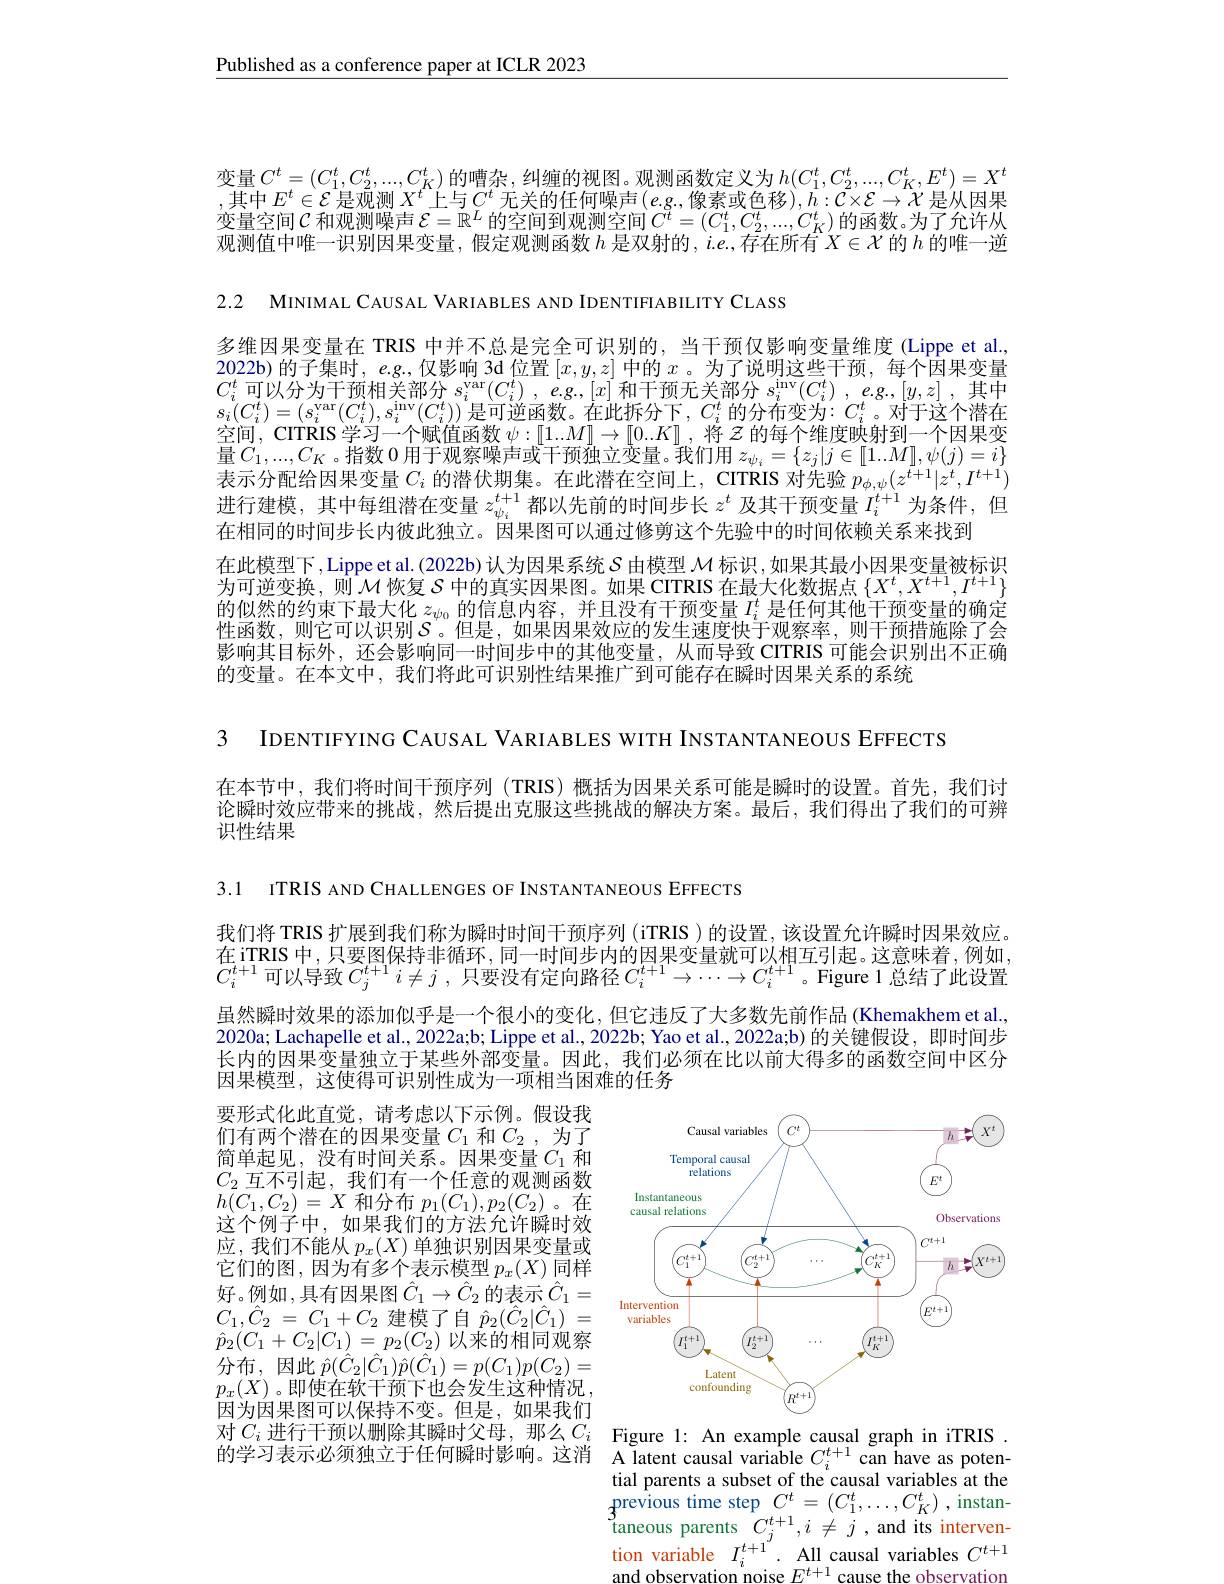
$\underline{\text{Published as a conference paper at ICLR 2023}}$

变量$C^t=(C_1^t,C_2^t,...,C_K^t)$的嘈杂，纠缠的视图。观测函数定义为$h(C_1^t,C_2^t,...,C_K^t,E^t)=X^t$ $\begin{array}{c}{,\text{其中 }E^{t}\in\mathcal{E}\text{ 是观测 }X^{t}\text{ 上与 }C^{t}\text{ 无关的任何噪声}(e.g,\text{像素或色移}),h:\mathcal{C}\times\mathcal{E}\to\mathcal{X}\text{ 是从因果}}\\{\text{变量空间 }\mathcal{C}\text{ 和观测噪声 }\mathcal{E}=\mathbb{R}^{L}\text{ 的空间到观测空间 }C^{t}=(C_{1}^{t},C_{2}^{t},...,C_{K}^{t})\text{ 的函数。为了允许从}}\end{array}$ 观测值中唯一识别因果变量，假定观测函数 $h$ 是双射的 $,i.e.$,存在所有$X\in\mathcal{X}$ 的$h$ 的唯一逆

2.2 MINIMAL CAUSAL VARIABLES AND IDENTIFIABILITY CLASS

多维因果变量在 TRIS 中并不总是完全可识别的，当干预仅影响变量维度(Lippe et al. 2022b)的子集时，eg.,仅影响 3d 位置$[x,y,z]$中的$x$ 。为了说明这些干预，每个因果变量$C_{i}^{t}$可以分为干预相关部分$s_i^\mathrm{var}( C_{i}^{t})$ , $e. g. , [ x]$和干预无关部分$s_i^\mathrm{inv}( C_{i}^{t})$ , $e. g. , [ y, z]$ ,其中$s_{i}(C_{i}^{t})=(s_{i}^{\mathrm{var}}(C_{i}^{t}),s_{i}^{\mathrm{inv}}(C_{i}^{t}))$是可逆函数。在此拆分下$,C_i^{t}$的分布变为$:C_i^{t}$。对于这个潜在空间，CITRIS 学习一个赋值函数$\psi:[[1..M]\to[0..K]$,将$z$的每个维度映射到一个因果变量$C_1,...,C_K$ 。指数0用于观察噪声或干预独立变量。我们用$z_\psi_i=\{z_j|j\in[1...M],\psi(j)=i\}$ 表示分配给因果变量$C_i$的潜伏期集。在此潜在空间上，CITRIS 对先验$p_\phi,\psi(z^{t+1}|z^t,I^{t+1})$ 进行建模，其中每组潜在变量$z_{\psi_i}^{t+1}$都以先前的时间步长$z^t$及其干预变量$I_i^{t+1}$为条件，但在相同的时间步长内彼此独立。因果图可以通过修剪这个先验中的时间依赖关系来找到
在此模型下，Lippe et al. (2022b) 认为因果系统$S$由模型$\mathcal{M}$标识，如果其最小因果变量被标识为可逆变换，则$\mathcal{M}$恢复$S$中的真实因果图。如果 CITRIS 在最大化数据点$\{X^t,X^{t+1},I^{t+1}\}$ 的似然的约束下最大化$z_{\psi_0}$的信息内容，并且没有干预变量$I_i^t$是任何其他干预变量的确定性函数，则它可以识别$S$。但是，如果因果效应的发生速度快于观察率，则干预措施除了会影响其目标外，还会影响同一时间步中的其他变量，从而导致 CITRIS 可能会识别出不正确的变量。在本文中，我们将此可识别性结果推广到可能存在瞬时因果关系的系统

3 IDENTIFYING CAUSAL VARIABLES WITH INSTANTANEOUS EFFECTS

在本节中，我们将时间干预序列(TRIS)概括为因果关系可能是瞬时的设置。首先，我们讨论瞬时效应带来的挑战，然后提出克服这些挑战的解决方案。最后，我们得出了我们的可辨识性结果

3.1 ITRIS AND CHALLENGES OF INSTANTANEOUS EFFECTS

我们将 TRIS 扩展到我们称为瞬时时间干预序列 (iTRIS )的设置，该设置允许瞬时因果效应。在iTRIS 中，只要图保持非循环，同一时间步内的因果变量就可以相互引起。这意味着，例如， $\overline{C}_{i}^{t+1}$可以导致$C_j^t+1i\neq j$ ,只要没有定向路径$C_i^t+1\to\cdots\to C_i^{t+1}$。Figure 1总结了此设置

虽然瞬时效果的添加似乎是一个很小的变化，但它违反了大多数先前作品(Khemakhem et al. 2020a; Lachapelle et al., 2022a;b; Lippe et al., 2022b; Yao et al., 2022a;b) 的关键假设，即时间步长内的因果变量独立于某些外部变量。因此，我们必须在比以前大得多的函数空间中区分因果模型，这使得可识别性成为一项相当困难的任务

<FigureHere>

要形式化此直觉，请考虑以下示例。假设我们有两个潜在的因果变量$C_1$和$C_2$,为了简单起见，没有时间关系。因果变量$C_1$ 和$C_{2}$互不引起，我们有一个任意的观测函数$h(C_{1},C_{2})=X$和分布$p_1(C_{1}),p_{2}(C_{2})$。在这个例子中，如果我们的方法允许瞬时效应，我们不能从$p_x(X)$单独识别因果变量或它们的图，因为有多个表示模型$p_x(X)$同样好。例如，具有因果图$\hat{C}_1\to\hat{C}_2$的表示$\hat{C}_1=$ $C_{1}, \hat{C} _{2}$ = $C_{1}+ C_{2}$ 建模了自$\hat{p} _{2}( \hat{C} _{2}| \hat{C} _{1})$ = $\hat{p}_{2}(C_{1}+C_{2}|\bar{C}_{1})=p_{2}(C_{2})$以来的相同观察分布，因此$\hat{p}(\hat{C}_{2}|\hat{C}_{1})\hat{p}(\hat{C}_{1})=p(C_{1})p(C_{2})=$ $p_x(X)$。即使在软干预下也会发生这种情况四人口由原式以中共了一个月一因为因果图可以保持不变。但是，如果我们对$C_i$进行干预以删除其瞬时父母，那么$C_i$ Figure l: An example causal graph in iTRIS . 的学习表示必须独立于任何瞬时影响。这消 A Iatent causal variable $C_i^{t+1}$ can have as poten-

tial parents a subset of the causal variables at the $\begin{array}{ll}{\mathrm{previous~time~step~}C^{t}=(C_{1}^{t},\ldots,C_{K}^{t}),\mathrm{instan-}}\\{\mathrm{taneous~parents~}C_{j}^{t+1},i\neq j,\mathrm{and~its~interven-}}\\{\mathrm{tion~variable~}I_{i}^{t+1}\cdot\mathrm{All~causal~variables~}C^{t+1}}\end{array}$ and observation noise $E^{t+1}$ cause the observation